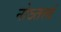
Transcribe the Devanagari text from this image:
नोऽतत्त्वं